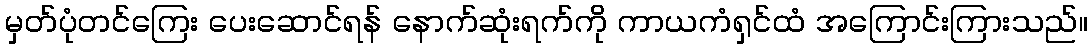
မှတ်ပုံတင်ကြေး ပေးဆောင်ရန် နောက်ဆုံးရက်ကို ကာယကံရှင်ထံ အကြောင်းကြားသည်။